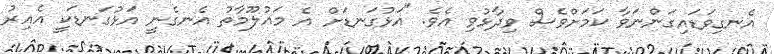
އެނގިވަޑައިގަންނަވާ ކަމަށްވެސް ވިދާޅުވި އެވެ. "އަޅުގަނޑަށް އެ މައުލޫމާތު އެނގެނީ އަޅުގަނޑަކީ އެއިރު